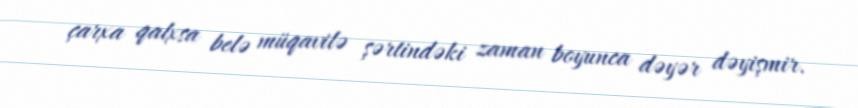
çarxa qalxsa belə müqavilə şərtindəki zaman boyunca dəyər dəyişmir.